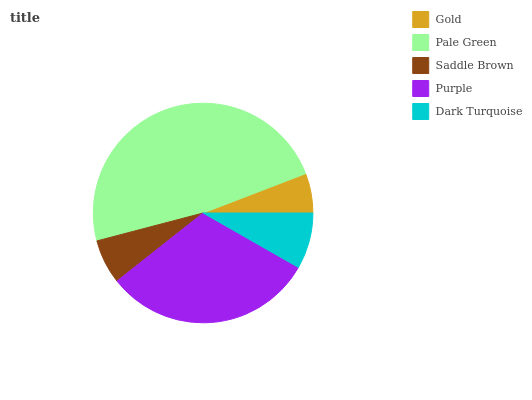
| Gold | Pale Green | Saddle Brown | Purple | Dark Turquoise |
 | --- | --- | --- | --- | --- |
 | 5.83% | 48.3% | 6.56% | 31.1% | 8.27% |